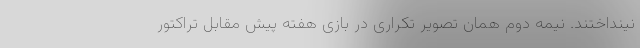
نینداختند. نیمه دوم همان تصویر تکراری در بازی هفته پیش مقابل تراکتور